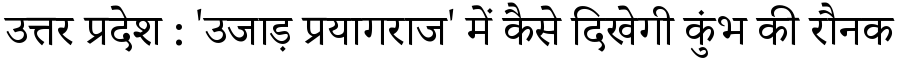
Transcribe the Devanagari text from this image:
उत्तर प्रदेश : 'उजाड़ प्रयागराज' में कैसे दिखेगी कुंभ की रौनक